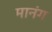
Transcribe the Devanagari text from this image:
मानंग